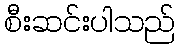
စီးဆင်းပါသည်